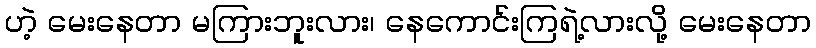
ဟဲ့ မေးနေတာ မကြားဘူးလား၊ နေကောင်းကြရဲ့လားလို့ မေးနေတာ